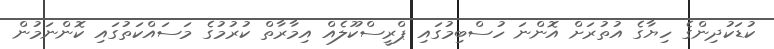
ކުޑަކުދިންގެ ހިޔާގެ އުތުރަށް އޮންނަ ހުސްބިމުގައި ޕްރީސްކޫލެއް އިމާރާތް ކުރުމުގެ މަސައްކަތުގައި ކޮންނަމުން